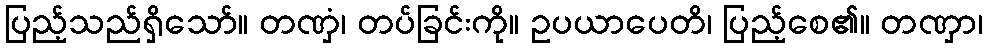
ပြည့်သည်ရှိသော်။ တဏှံ၊ တပ်ခြင်းကို။ ဥပယာပေတိ၊ ပြည့်စေ၏။ တဏှာ၊